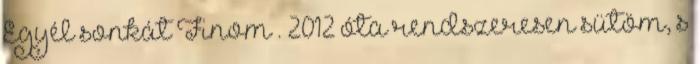
Egyél sonkát Finom . 2012 óta rendszeresen sütöm, s